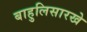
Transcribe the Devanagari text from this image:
बाहुलिसारखे